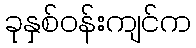
ခုနှစ်ဝန်းကျင်က